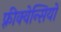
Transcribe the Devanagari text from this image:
फ़्रीक्वेन्सियों